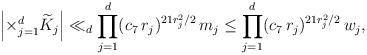
LaTeX: \begin{align*}\left|\times _{j=1}^{d} {\widetilde K}_j\right|\ll_d \prod_{j=1}^{d} (c_7\,r_j)^{21r_j^2/2}\,m_j\le\prod_{j=1}^{d}(c_7\,r_j)^{21r_j^2/2}\, w_j ,\end{align*}